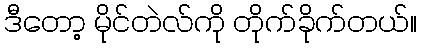
ဒီတော့ မိုင်တဲလ်ကို တိုက်ခိုက်တယ်။